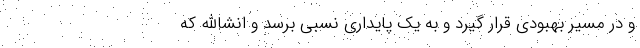
و در مسیر بهبودی قرار گیرد و به یک پایداری نسبی برسد و انشاالله که